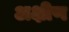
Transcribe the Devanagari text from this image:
अक्षीण